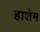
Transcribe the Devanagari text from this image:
हाशेम